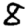
Digit: 8